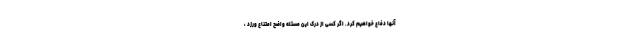
آنها دفاع خواهیم كرد. اگر کسی از درک این مسئله واضح امتناع ورزد ،